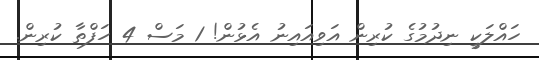
ހައްލަކީ ނިދުމުގެ ކުރިން އަވިއައިނު އެޅުން! 1 މަސް 4 ހަފްތާ ކުރިން.